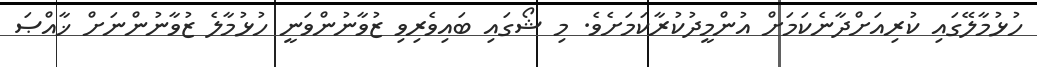
ހުޅުމާލޭގައި ކުރިއަށްދާނެކަމަށް އުންމީދުކުރާކަމަށެވެ. މި ޝޯގައި ބައިވެރިވި ޒުވާނުންވަނީ ހުޅުމާލެ ޒުވާނުންނަށް ޚާއްޞަ